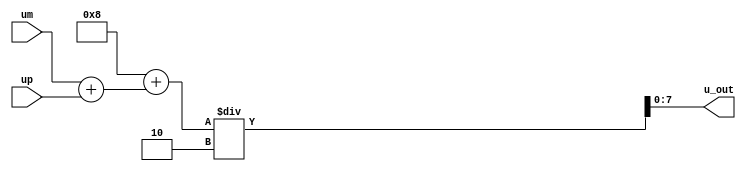
`default_nettype none
  
module stencil
  #(
    parameter WIDTH=8,
    parameter EXPON=3
    )
  (
   input wire [WIDTH-1:0]  um,
   input wire [WIDTH-1:0]  up,
   
   output wire [WIDTH-1:0] u_out
   );
   reg [WIDTH-1:0] 	  h2;
   wire [WIDTH-1:0] 	  um_p_up;
   wire [WIDTH-1:0] 	  h2_p_uu;

   initial h2 = 8'd1<<EXPON;
   
   assign um_p_up = um + up;
   assign h2_p_uu = h2 + um_p_up;

   assign u_out = h2_p_uu / (2);
   
endmodule // stencil

module jacobi
  #(
    parameter NU=10,
    parameter WIDTH=8,
    parameter EXPON=3
    )
   (
    input wire [NU*WIDTH-1:0]  uin_arr,
    output wire [NU*WIDTH-1:0] uou_arr
    );

   assign uou_arr[NU*WIDTH-1:(NU-1)*WIDTH] 
     = uin_arr[NU*WIDTH-1:(NU-1)*WIDTH];
   assign uou_arr[WIDTH-1:0] 
     = uin_arr[WIDTH-1:0];
   
   genvar  		    i;
   generate
      for (i=1; i<NU-1; i=i+1) begin
	 stencil #(.WIDTH(WIDTH), .EXPON(EXPON)
		   ) stenc
	    (
	     uin_arr[(i-1)*WIDTH +WIDTH-1 : (i-1)*WIDTH],
	     uin_arr[(i+1)*WIDTH +WIDTH-1 : (i+1)*WIDTH],
	     uou_arr[(i  )*WIDTH +WIDTH-1 : (i  )*WIDTH] );
      end
   endgenerate
   
endmodule // jacobi